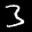
Label: 3